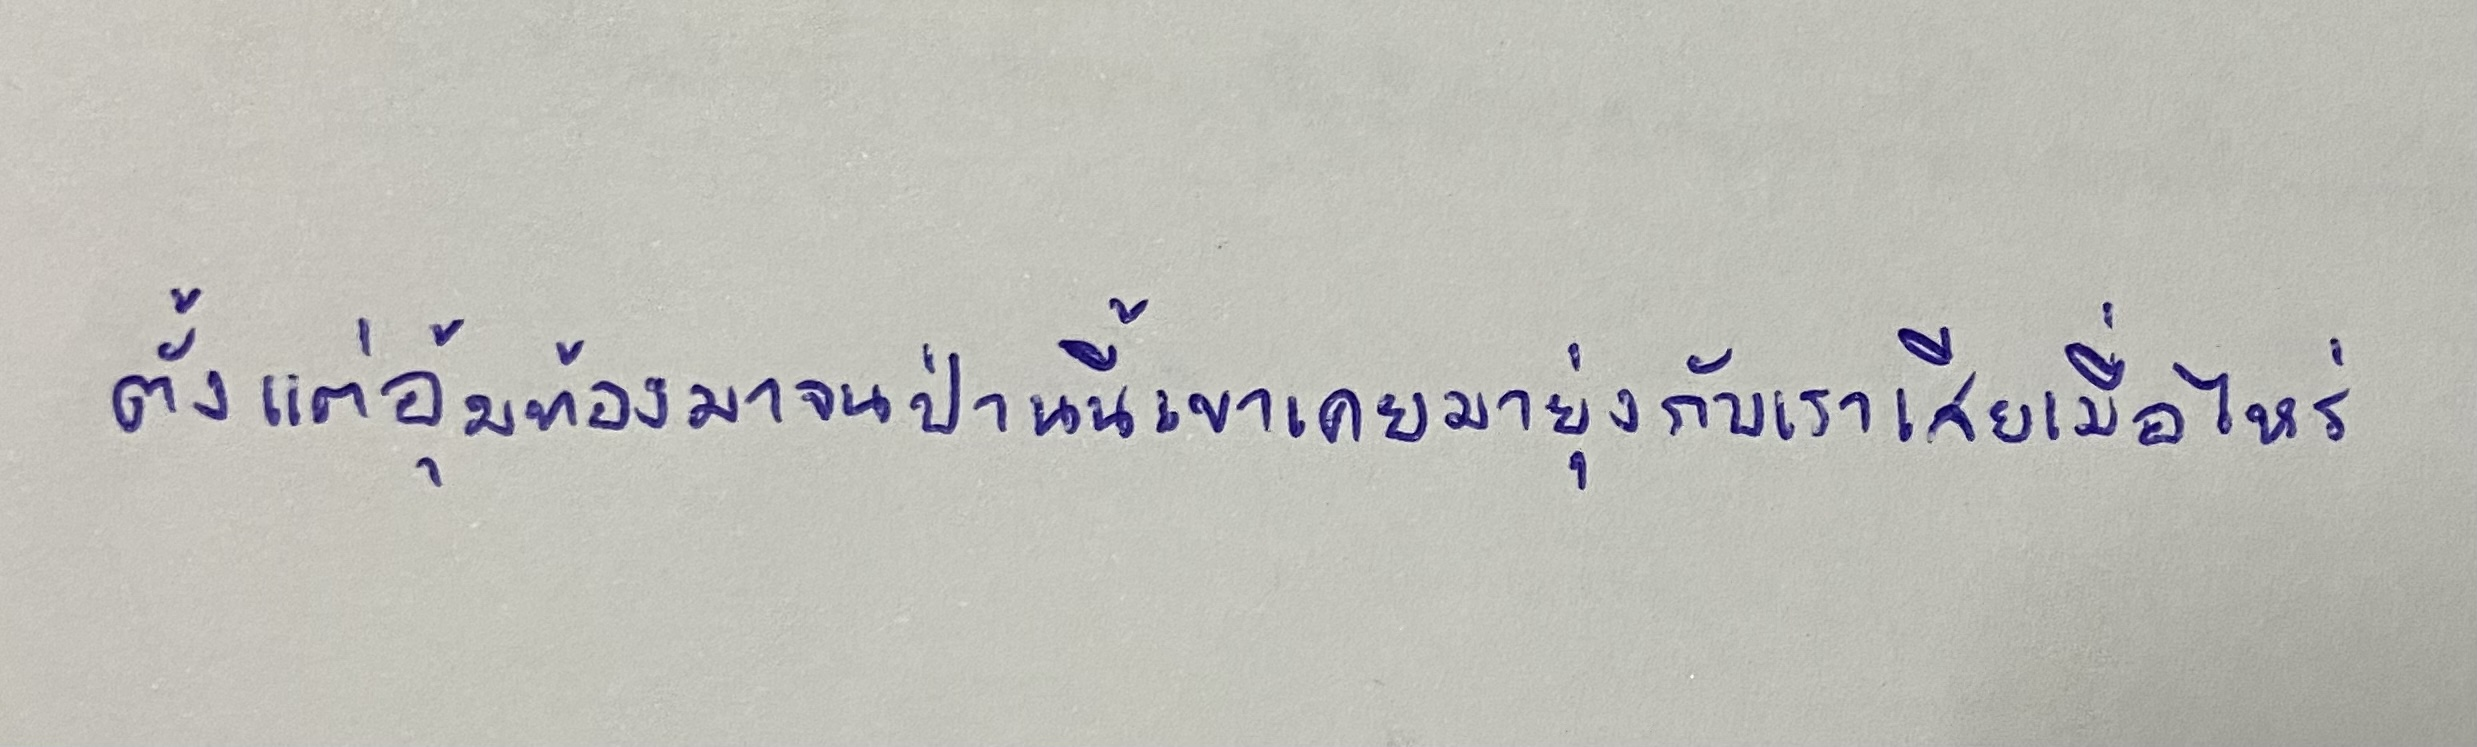
ตั้งแต่อุ้มท้องมาจนป่านนี้เขาเคยมายุ่งกับเราเสียเมื่อไหร่